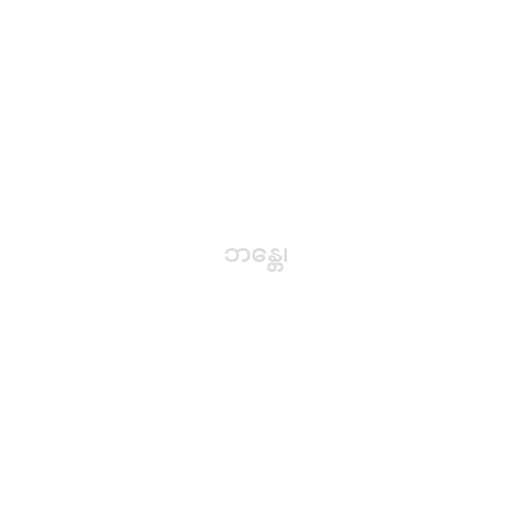
ဘန္တေ၊